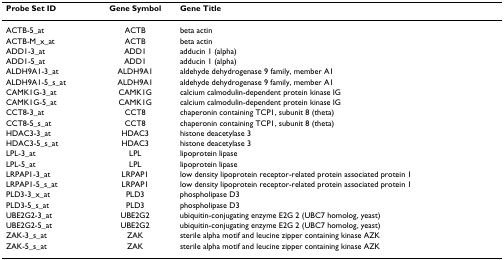
| Probe Set ID | Gene Symbol | Gene Title |
 | --- | --- | --- |
 | ACTB-5_at | ACTB | beta actin |
 | ACTB-M_x_at | ACTB | beta actin |
 | ADD1-3_at | ADD1 | adducin 1 (alpha) |
 | ADD1-5_at | ADD1 | adducin 1 (alpha) |
 | ALDH9A1-3_at | ALDH9A1 | aldehyde dehydrogenase 9 family, member A1 |
 | ALDH9A1-5_s_at | ALDH9A1 | aldehyde dehydrogenase 9 family, member A1 |
 | CAMK1G-3_at | CAMK1G | calcium calmodulin-dependent protein kinase IG |
 | CAMK1G-5_at | CAMK1G | calcium calmodulin-dependent protein kinase IG |
 | CCT8-3_at | CCT8 | chaperonin containing TCP1, subunit 8 (theta) |
 | CCT8-5_s_at | CCT8 | chaperonin containing TCP1, subunit 8 (theta) |
 | HDAC3-3_at | HDAC3 | histone deacetylase 3 |
 | HDAC3-5_s_at | HDAC3 | histone deacetylase 3 |
 | LPL-3_at | LPL | lipoprotein lipase |
 | LPL-5_at | LPL | lipoprotein lipase |
 | LRPAP1-3_at | LRPAP1 | low density lipoprotein receptor-related protein associated protein 1 |
 | LRPAP1-5_s_at | LRPAP1 | low density lipoprotein receptor-related protein associated protein 1 |
 | PLD3-3_x_at | PLD3 | phospholipase D3 |
 | PLD3-5_s_at | PLD3 | phospholipase D3 |
 | UBE2G2-3_at | UBE2G2 | ubiquitin-conjugating enzyme E2G 2 (UBC7 homolog, yeast) |
 | UBE2G2-5_at | UBE2G2 | ubiquitin-conjugating enzyme E2G 2 (UBC7 homolog, yeast) |
 | ZAK-3_s_at | ZAK | sterile alpha motif and leucine zipper containing kinase AZK |
 | ZAK-5_s_at | ZAK | sterile alpha motif and leucine zipper containing kinase AZK |